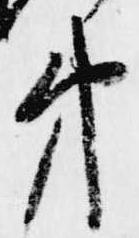
第